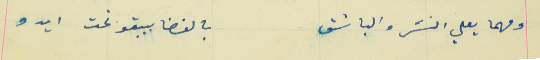
ومهما يعلي النسَر والباشق                                         بالفضا بيبقو تحت ايدو